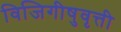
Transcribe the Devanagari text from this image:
विजिगीषुवृत्ती